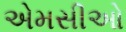
એમસીઓ